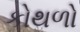
કોથળો